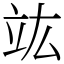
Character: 竑